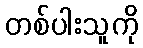
တစ်ပါးသူကို